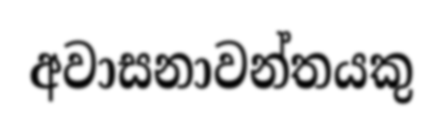
අවාසනාවන්තයකු